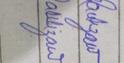
Signature authenticity: forged